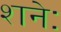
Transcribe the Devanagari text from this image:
शनेः